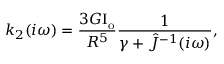
k _ { 2 } ( i \omega ) = \frac { 3 G \mathrm { { I } _ { o } } } { R ^ { 5 } } \frac { 1 } { \gamma + \hat { J } ^ { - 1 } ( i \omega ) } ,